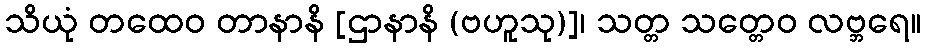
သိယုံ တထေဝ တာနာနိ [ဌာနာနိ (ဗဟူသု)]၊ သတ္တ သတ္တေဝ လဗ္ဘရေ။